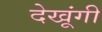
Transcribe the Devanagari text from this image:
देखूंगी